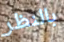
بالنظر